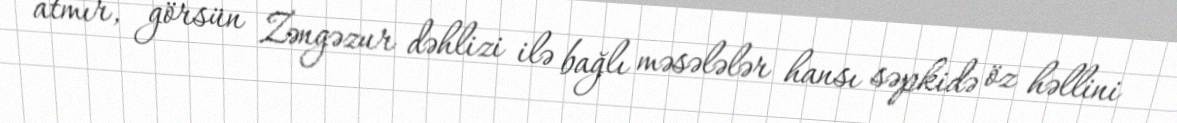
atmır, görsün Zəngəzur dəhlizi ilə bağlı məsələlər hansı səpkidə öz həllini